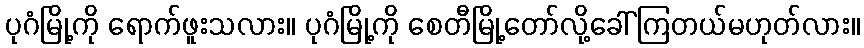
ပုဂံမြို့ကို ရောက်ဖူးသလား။ ပုဂံမြို့ကို စေတီမြို့တော်လို့ခေါ်ကြတယ်မဟုတ်လား။